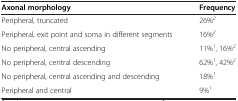
| Axonal morphology | Frequency |
 | --- | --- |
 | Peripheral, truncated | 26%2 |
 | Peripheral, exit point and soma in different segments | 16%2 |
 | No peripheral, central ascending | 11%1, 16%2 |
 | No peripheral, central descending | 62%1, 42%2 |
 | No peripheral, central ascending and descending | 18%1 |
 | Peripheral and central | 9%1 |